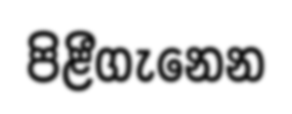
පිළීගැනෙන